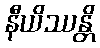
နီယိဿန္တိ